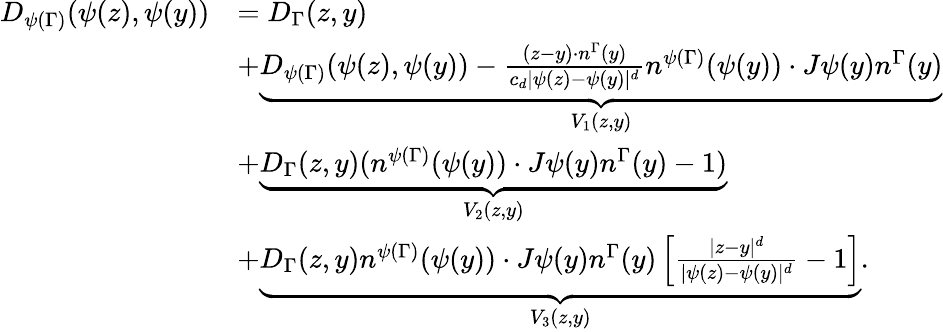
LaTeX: \begin{array}{rl}{D_{\psi(\Gamma)}(\psi(z),\psi(y))}&{=D_{\Gamma}(z,y)}\\ &{+\underbrace{D_{\psi(\Gamma)}(\psi(z),\psi(y))-\frac{(z-y)\cdot n^{\Gamma}(y)}{c_{d}|\psi(z)-\psi(y)|^{d}}n^{\psi(\Gamma)}(\psi(y))\cdot J\psi(y)n^{\Gamma}(y)}_{V_{1}(z,y)}}\\ &{+\underbrace{D_{\Gamma}(z,y)(n^{\psi(\Gamma)}(\psi(y))\cdot J\psi(y)n^{\Gamma}(y)-1)}_{V_{2}(z,y)}}\\ &{+\underbrace{D_{\Gamma}(z,y)n^{\psi(\Gamma)}(\psi(y))\cdot J\psi(y)n^{\Gamma}(y)\left[\frac{|z-y|^{d}}{|\psi(z)-\psi(y)|^{d}}-1\right]}_{V_{3}(z,y)}.}\end{array}